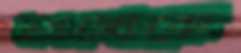
সুয়াজোকে